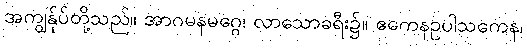
အကျွန်ုပ်တို့သည်။ အာဂမနမဂ္ဂေ၊ လာသောခရီး၌။ ဧကေနဥပါသကေန၊